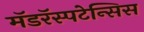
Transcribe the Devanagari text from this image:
मॅडरॅस्पटेन्सिस